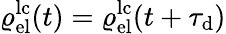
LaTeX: \varrho_{\mathrm{el}}^{\mathrm{lc}}(t)=\varrho_{\mathrm{el}}^{\mathrm{lc}}(t+\tau_{\mathrm{d}})